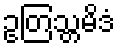
ဥတြသ္တမိဒံ